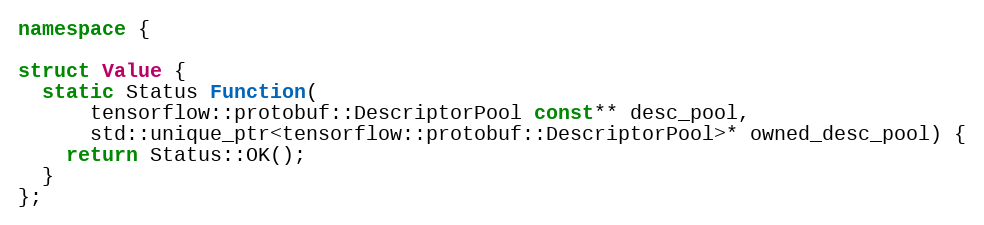
Language: C++
namespace {

struct Value {
  static Status Function(
      tensorflow::protobuf::DescriptorPool const** desc_pool,
      std::unique_ptr<tensorflow::protobuf::DescriptorPool>* owned_desc_pool) {
    return Status::OK();
  }
};